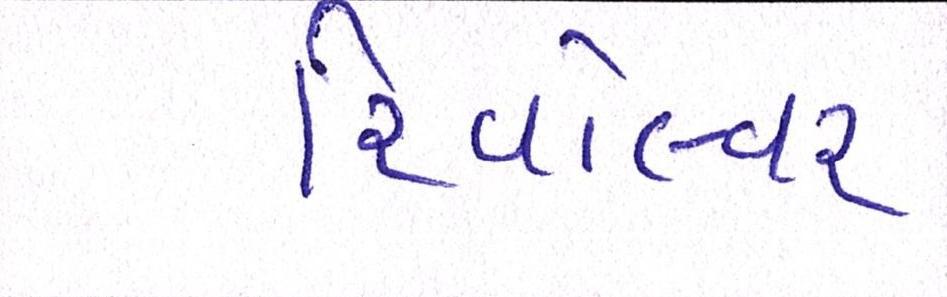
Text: રિવૉલ્વર